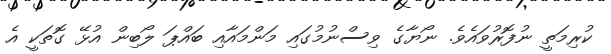
ކުރިމަތީ ނުފޮރުވައެވެ. ނޯޔާގެ ވިސްނުމުގައި މަންމައާއި ބައްޕަ ލޯބިން އުޅޭ ގޮތަކީ އެ